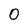
Character: 0